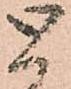
と